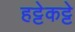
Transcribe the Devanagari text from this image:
हट्टेकट्टे